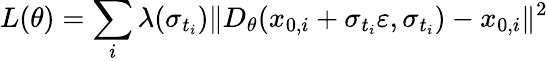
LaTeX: L(\theta)=\sum_{i}\lambda(\sigma_{t_{i}})\| D_{\theta}(x_{0,i}+\sigma_{t_{i}}\varepsilon,\sigma_{t_{i}})-x_{0,i}\| ^{2}